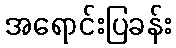
အရောင်းပြခန်း